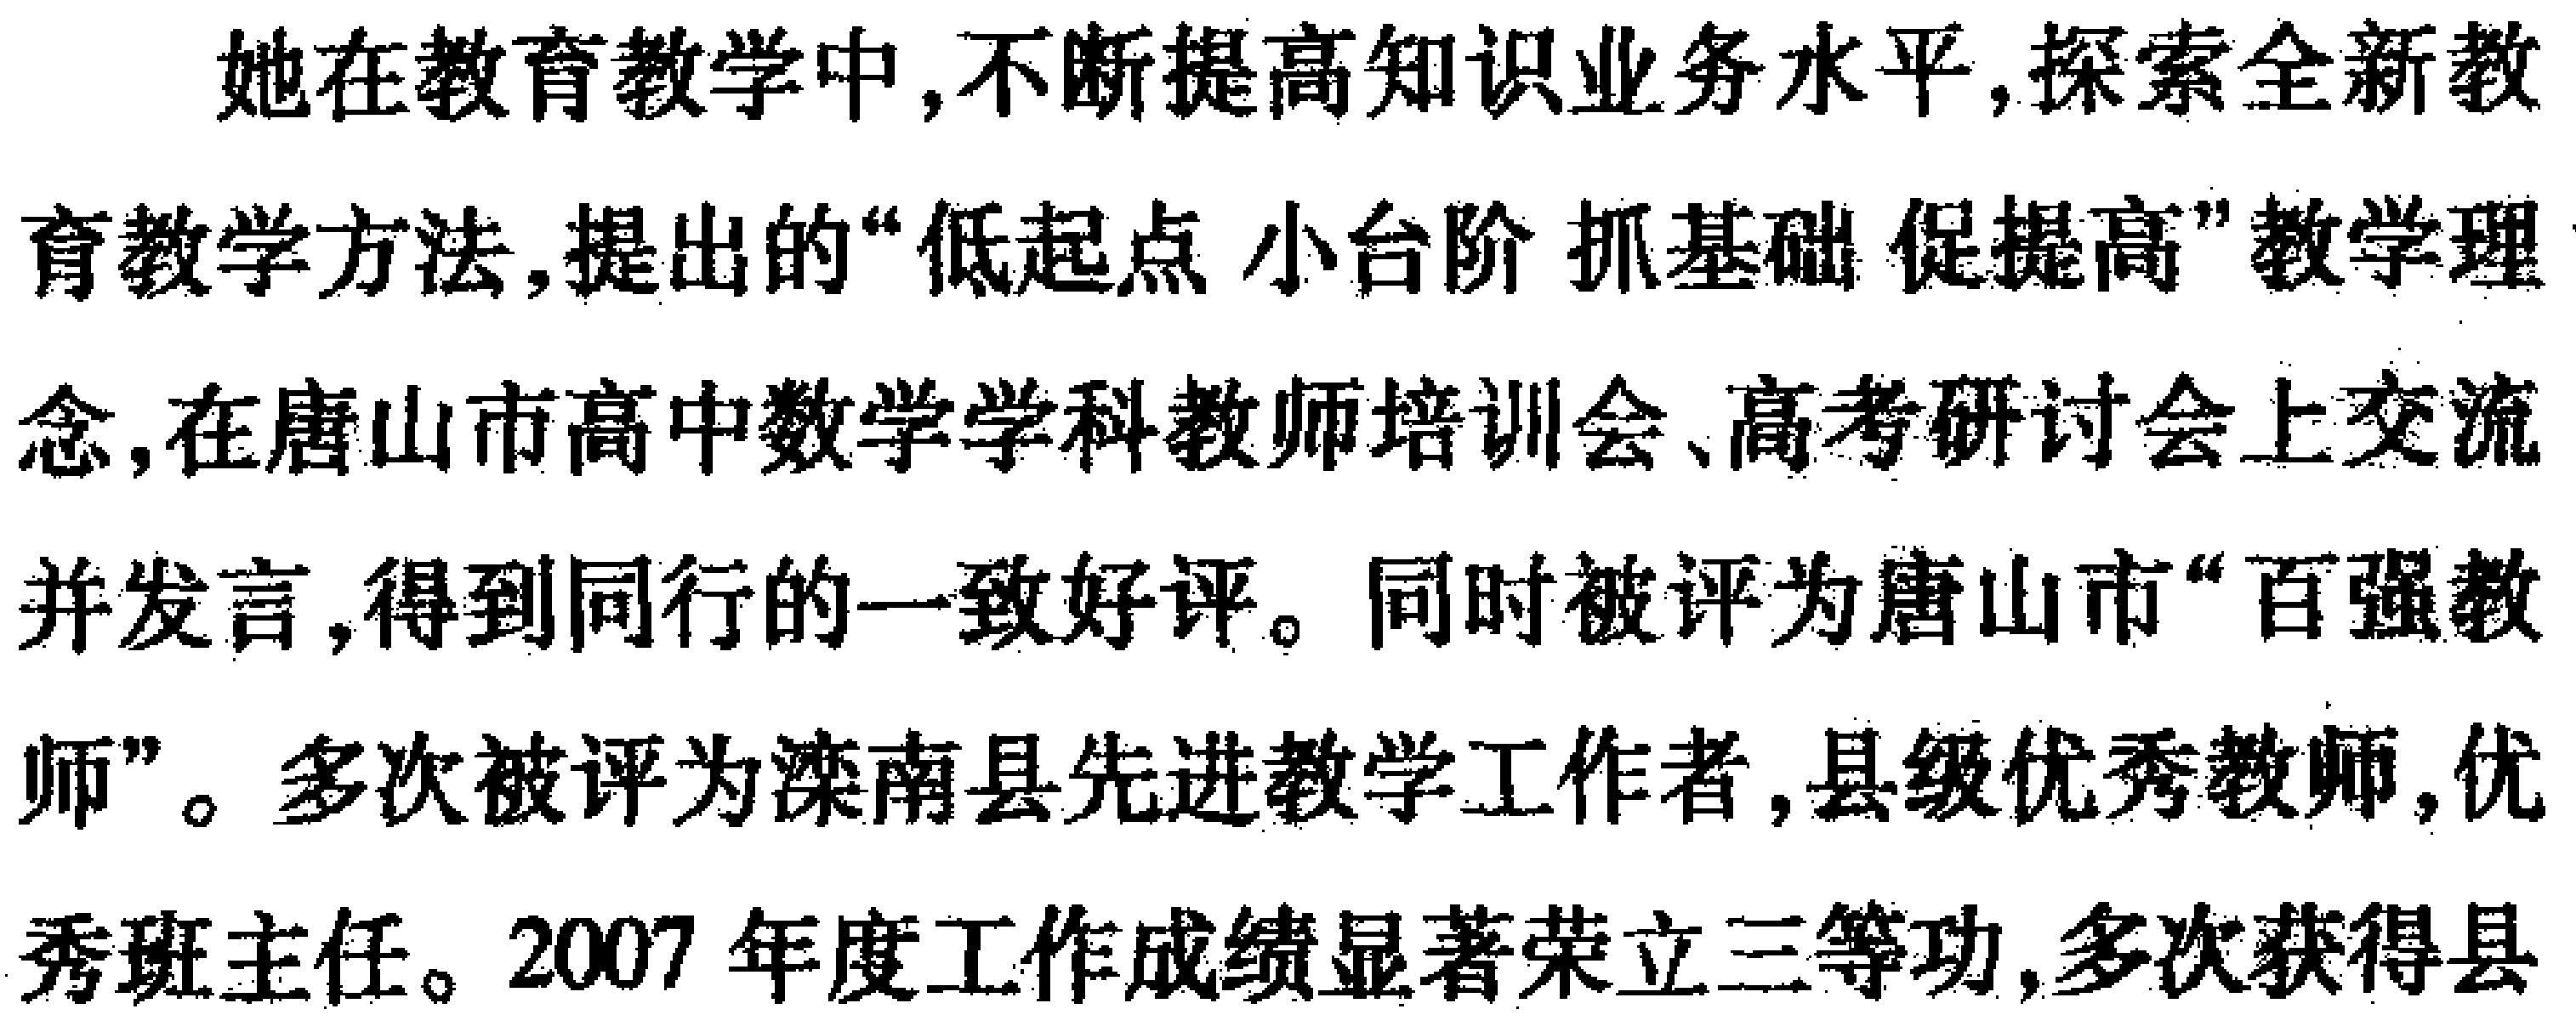
她在教育教学中,不断提高知识业务水平,探索全新教

育教学方法,提出的“低起点 小台阶 抓基础 促提高”教学理

念,在唐山市高中数学学科教师培训会、高考研讨会上交流

并发言,得到同行的一致好评。同时被评为唐山市“百强教

师”。多次被评为滦南县先进教学工作者,县级优秀教师,优

秀班主任。2007 年度工作成绩显著荣立三等功,多次获得县